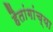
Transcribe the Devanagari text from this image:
हैतांगांच्या